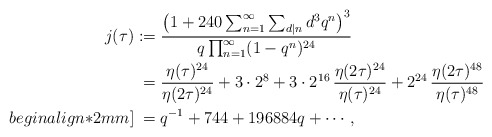
\begin{align*}j(\tau)&:=\frac{\big(1+240\sum_{n=1}^{\infty} \sum_{d\mid n}d^3 q^n\big)^3}{q\prod_{n=1}^{\infty}(1-q^n)^{24}}\\&\hphantom{:}=\frac{\eta(\tau)^{24}}{\eta(2\tau)^{24}}+3\cdot2^{8}+3\cdot2^{16}\,\frac{\eta(2\tau)^{24}}{\eta(\tau)^{24}}+2^{24}\,\frac{\eta(2\tau)^{48}}{\eta(\tau)^{48}}\\begin{align*}2mm]&\hphantom{:}=q^{-1}+744+196884q+\cdots,\end{align*}